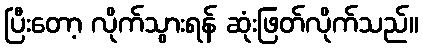
ပြီးတော့ လိုက်သွားရန် ဆုံးဖြတ်လိုက်သည်။